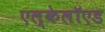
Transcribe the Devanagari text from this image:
एल्केलॉएड